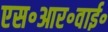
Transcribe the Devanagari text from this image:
एस॰आर॰वाई॰